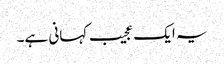
یہ ایک عجیب کہانی ہے۔